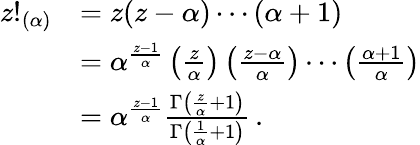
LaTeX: {\begin{array}{rl}{z!_{(\alpha)}}&{=z(z-\alpha)\cdots(\alpha+1)}\\ &{=\alpha^{\frac{z-1}{\alpha}}\left({\frac{z}{\alpha}}\right)\left({\frac{z-\alpha}{\alpha}}\right)\cdots\left({\frac{\alpha+1}{\alpha}}\right)}\\ &{=\alpha^{\frac{z-1}{\alpha}}{\frac{\Gamma\left({\frac{z}{\alpha}}+1\right)}{\Gamma\left({\frac{1}{\alpha}}+1\right)}}\, .}\end{array}}